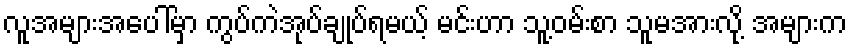
လူအများအပေါ်မှာ ကွပ်ကဲအုပ်ချုပ်ရမယ့် မင်းဟာ သူ့ဝမ်းစာ သူမအားလို့ အများက